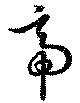
帝